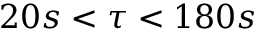
2 0 s < \tau < 1 8 0 s